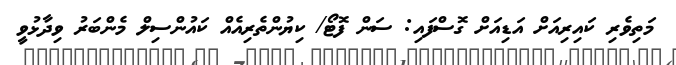
މަތިވެރި ކައިރިއަށް އަޑިއަށް ގޮސްފައި: ސަން ފޮޓޯ/ ކިޔުންތެރިއެއް ކައުންސިލް މެންބަރު ވިދާޅުވީ